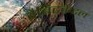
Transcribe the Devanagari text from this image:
रैबिटकेटल